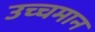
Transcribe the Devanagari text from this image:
उच्चमान